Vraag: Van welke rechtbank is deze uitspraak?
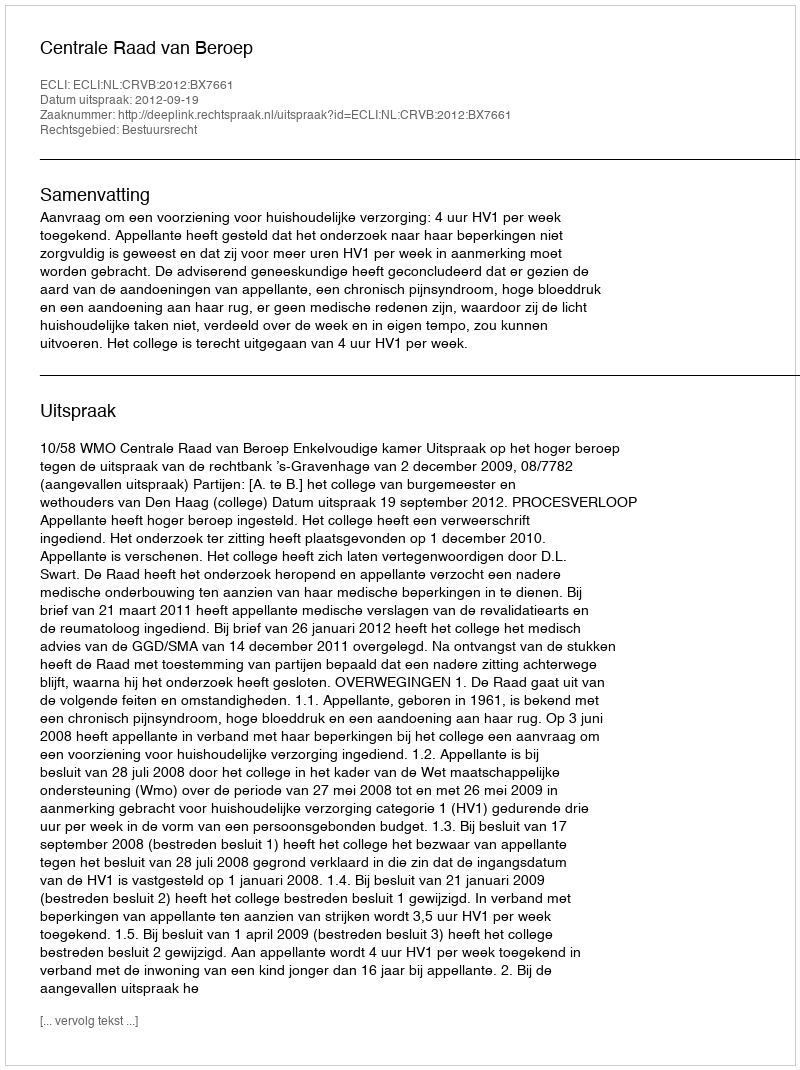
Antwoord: Centrale Raad van Beroep